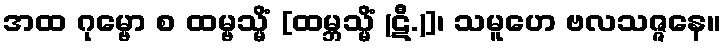
အထ ဂုမ္ဗော စ ထမ္ဗသ္မိံ [ထမ္ဘသ္မိံ (ဋီ.)]၊ သမူဟေ ဗလသဇ္ဇနေ။